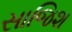
સાજિશ